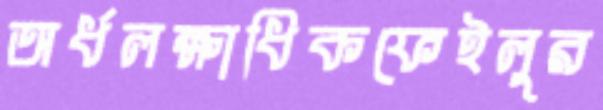
অর্ধলক্ষাধিকফেইলুর